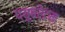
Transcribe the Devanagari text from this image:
प्यूबरेटम